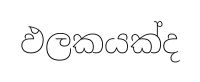
ඵලකයක්ද